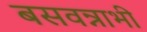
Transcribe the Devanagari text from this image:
बसवन्नाभी